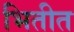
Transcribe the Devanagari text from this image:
भितीत